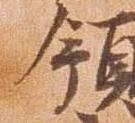
領